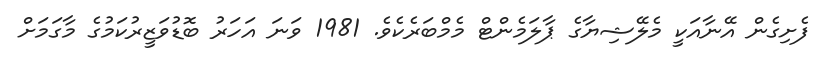
ފެށިގެން އޭނާއަކީ މެލޭޝިޔާގެ ޕާލަމެންޓް މެމްބަރެކެވެ. 1981 ވަނަ އަހަރު ބޮޑުވަޒީރުކަމުގެ މާގަމަށް